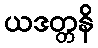
ယဒတ္တနိ